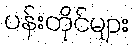
ပန်းတိုင်များ